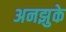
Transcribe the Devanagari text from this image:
अनझुके